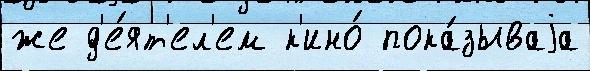
же д'е́ят'ел'ем к'ино́ пока́зываjа